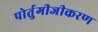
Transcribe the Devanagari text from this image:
पोर्तुगीजीकरण